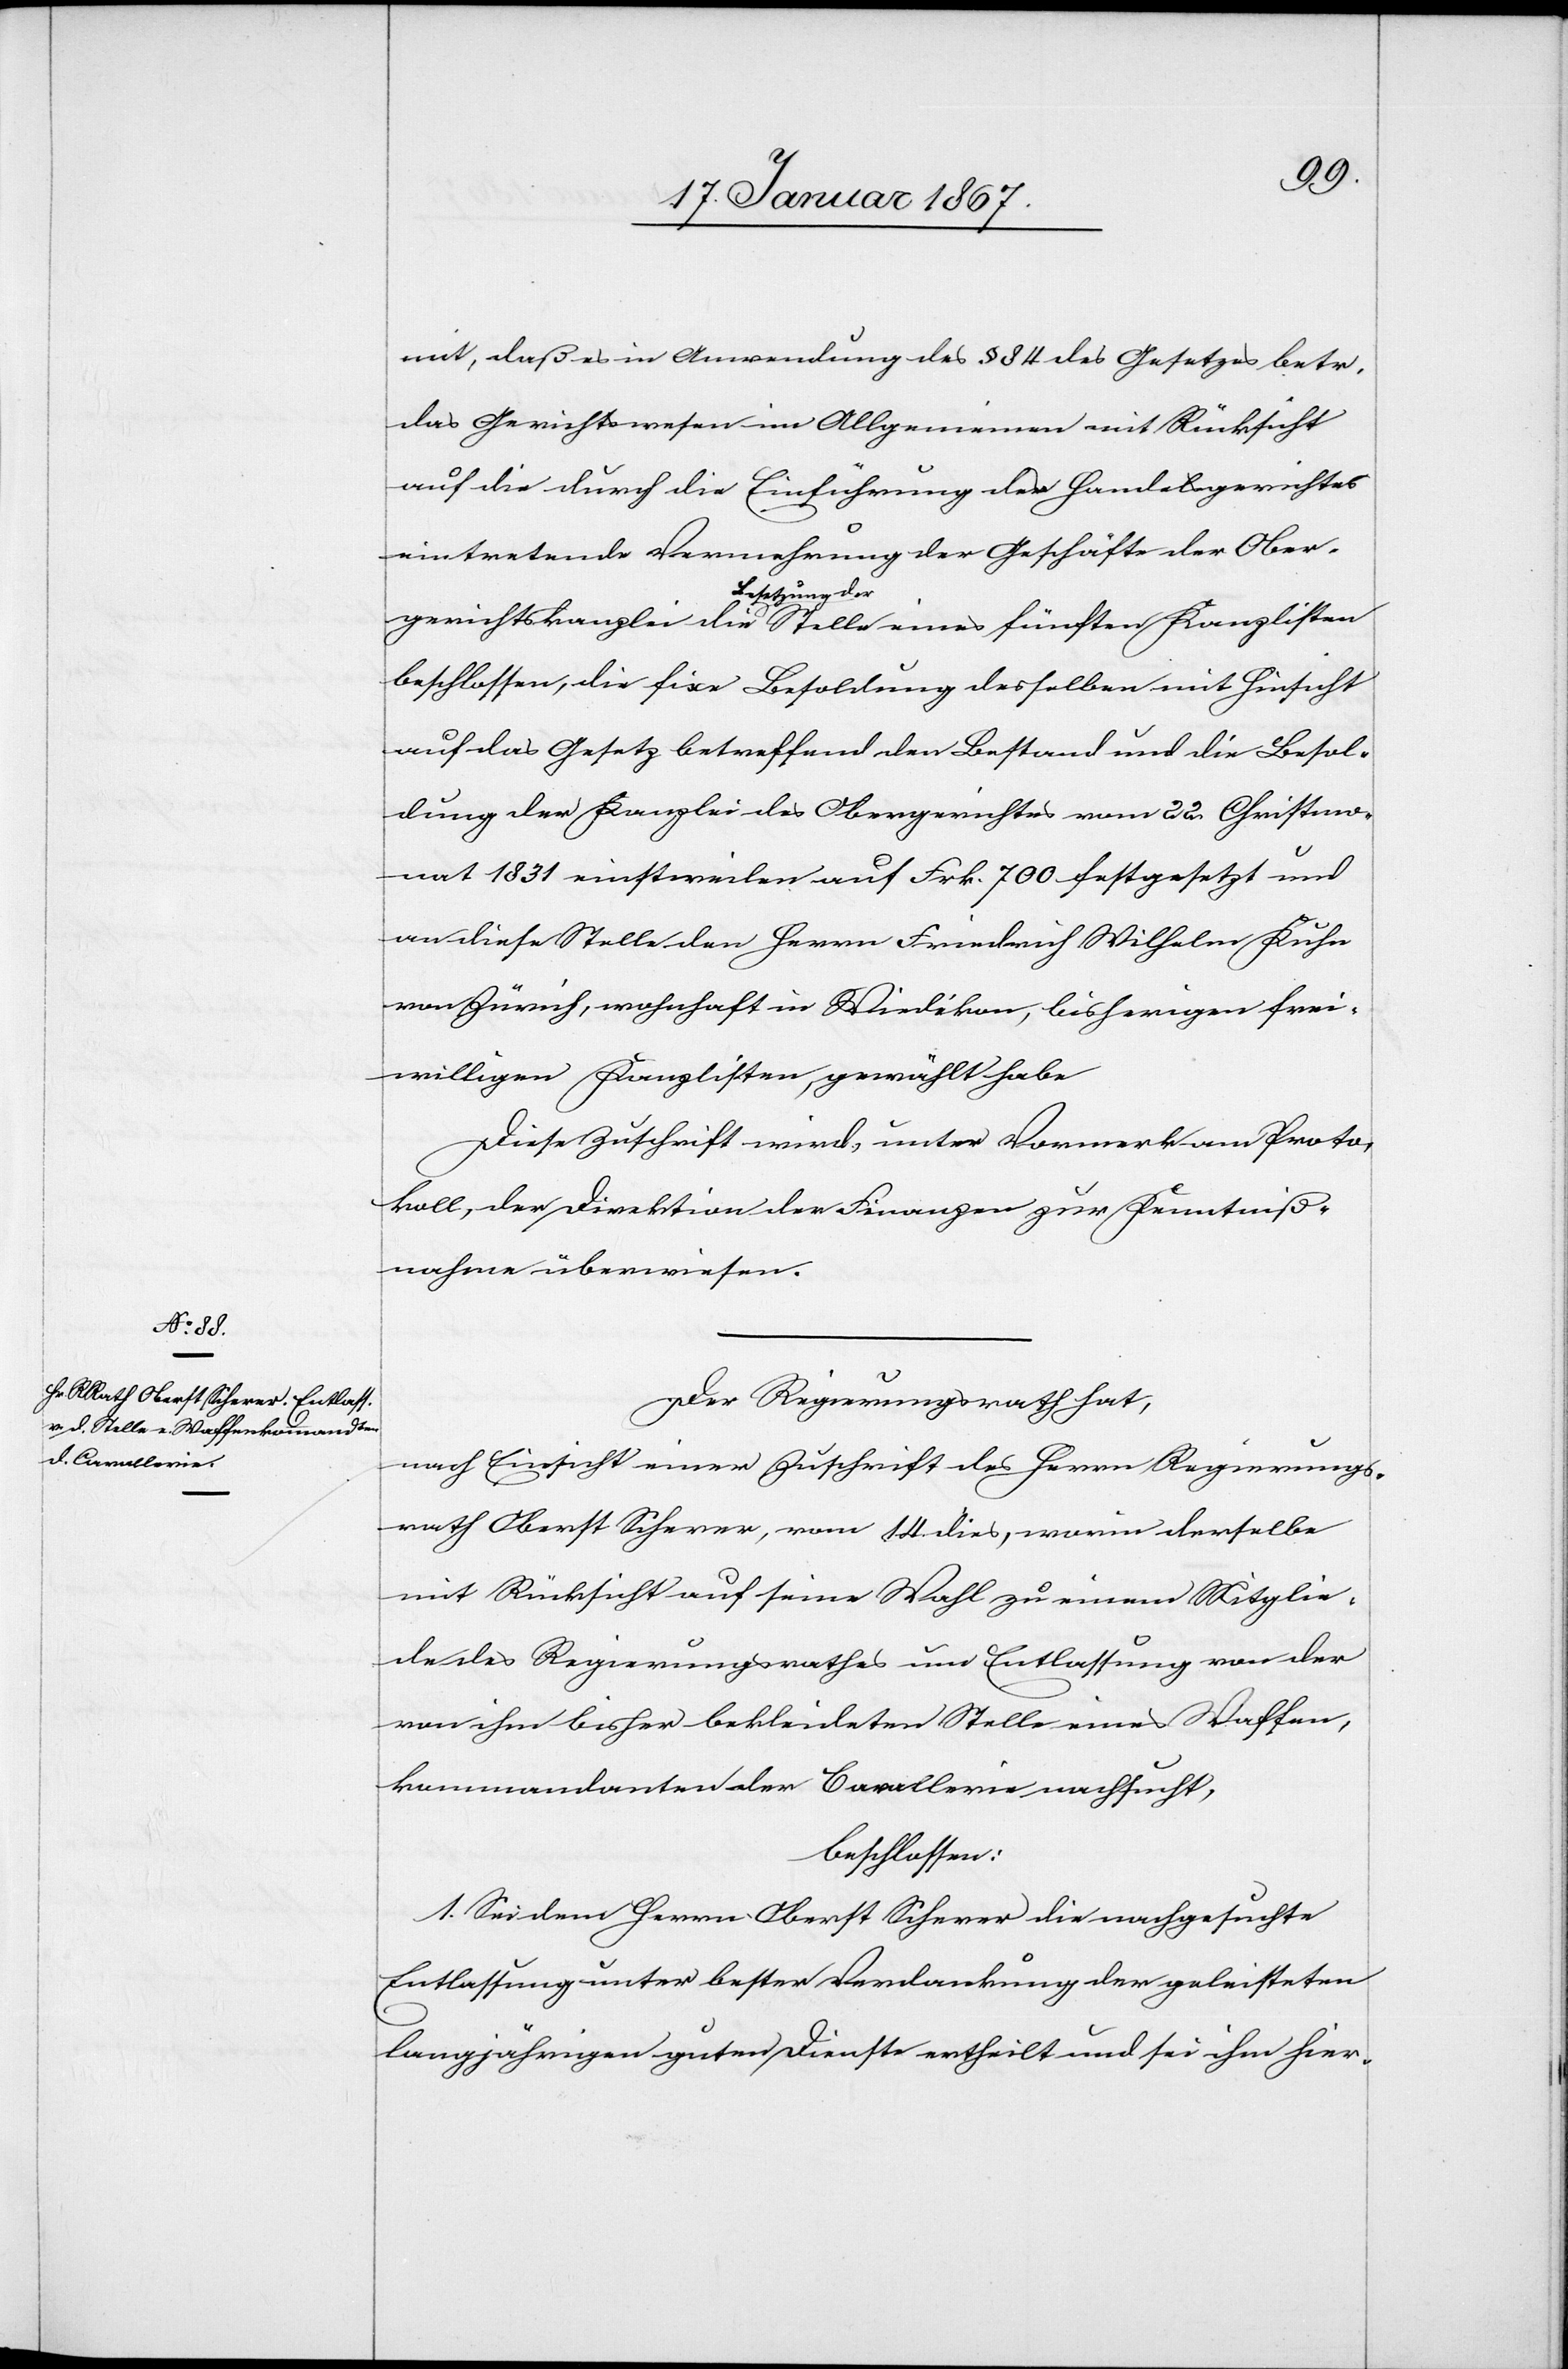
mit, daß in Anwendung des § 84 des Gesetzes betr.
das Gerichtswesen im Allgemeinen mit Rücksicht
auf die durch die Einführung des Handelsgerichtes
eintretende Vermehrung der Geschäfte der Ober¬
gerichtskanzlei die Besetzung der Stelle eines fünften Kanzlisten
beschlossen, die fixe Besoldung desselben mit Hinsicht
auf das Gesetz betreffend den Bestand und die Besol¬
dung der Kanzlei des Obergerichtes vom 22. Christmo¬
nat 1831 einstweilen auf Frk. 700 festgesetzt und
an diese Stelle den Herrn Friedrich Wilhelm Kuhn
von Zürich, wohnhaft in Wiedikon, bisherigen frei¬
willigen Kanzlisten, gewählt habe.
Diese Zuschrift wird, unter Vormerk am Proto¬
koll, der Direktion der Finanzen zur Kenntniß¬
nahme überwiesen.
Der Regierungsrath hat,
Nach Einsicht einer Zuschrift des Herrn Regierungs¬
rath Oberst Scherer, vom 14. dies, worin derselbe
mit Rücksicht auf seine Wahl zu einem Mitglie¬
de des Regierungsrathes um Entlassung von der
von ihm bisher bekleideten Stelle eines Waffen¬
kommandanten der Cavallerie nachsucht,
beschlossen:
1. Sei dem Herrn Oberst Scherer die nachgesuchte
Entlassung unter bester Verdankung der geleisteten
langjährigen guten Dienste ertheilt und sei ihm hier-